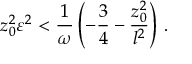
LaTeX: z _ { 0 } ^ { 2 } \varepsilon ^ { 2 } < { \frac { 1 } { \omega } } \left( - { \frac { 3 } { 4 } } - { \frac { z _ { 0 } ^ { 2 } } { l ^ { 2 } } } \right) \, .